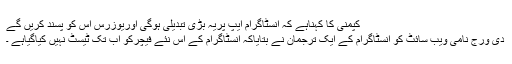
کپمنی کا کہناہے کہ انسٹاگرام ایپ پریہ بڑی تبدیلی ہوگی اوریوزرس اس کو پسند کریں گے
دی ورج نامی ویب سائٹ کو انسٹاگرام کے ایک ترجمان نے بتایاکہ انسٹاگرام کے اس نئے فیچرکو اب تک ٹیسٹ نہیں کیاگیاہے ۔